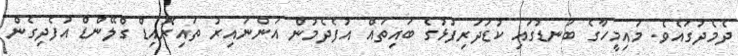
ދެމެދުގައެވެ. މައިމީހާގެ ބަނޑުގައި ކުޑަދަރިފުޅުގެ ބައިތައް އުފެދެމުން އަންނައިރު ތައިރޮއިޑް ގްލޭންޑް އުފެދިގެން